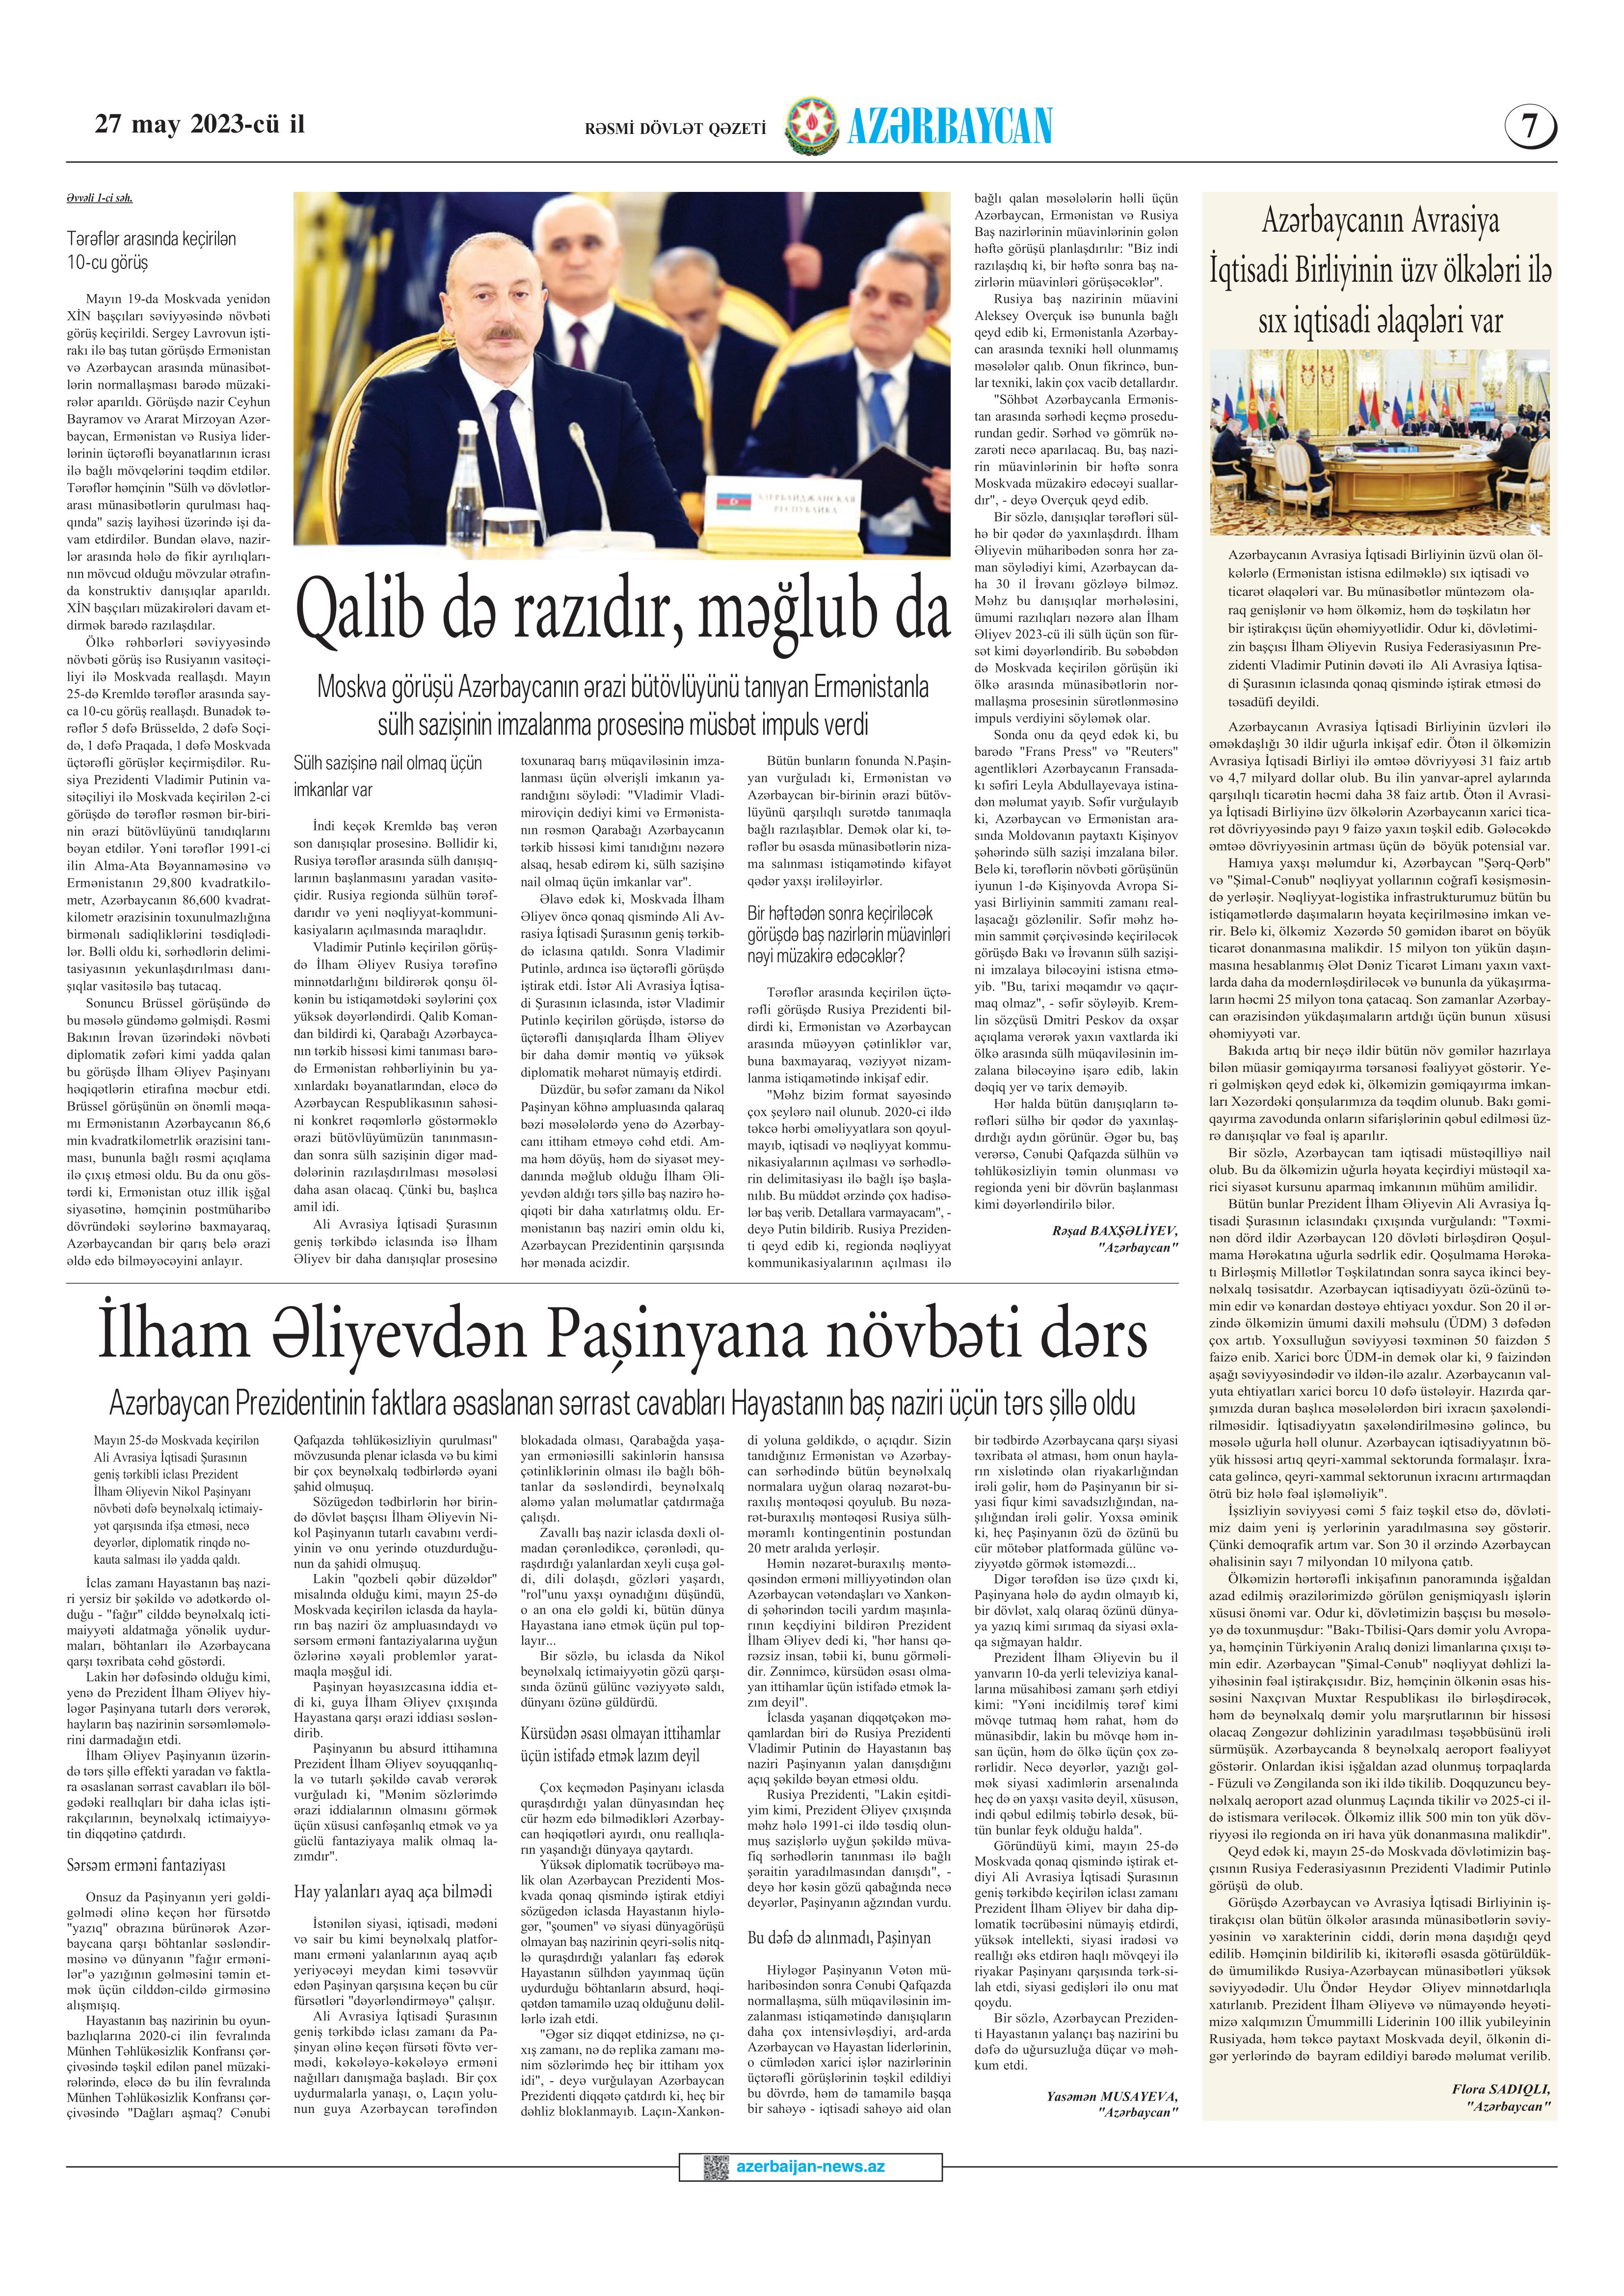
Language: az